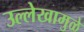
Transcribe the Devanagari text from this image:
उल्लेखामुळे